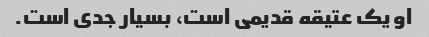
او یک عتیقه قدیمی است، بسیار جدی است.